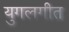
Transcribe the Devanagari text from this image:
युगलगीत